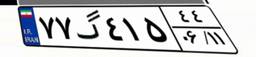
۷۷گ۴۱۵۴۴